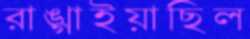
রাঙ্গাইয়াছিল